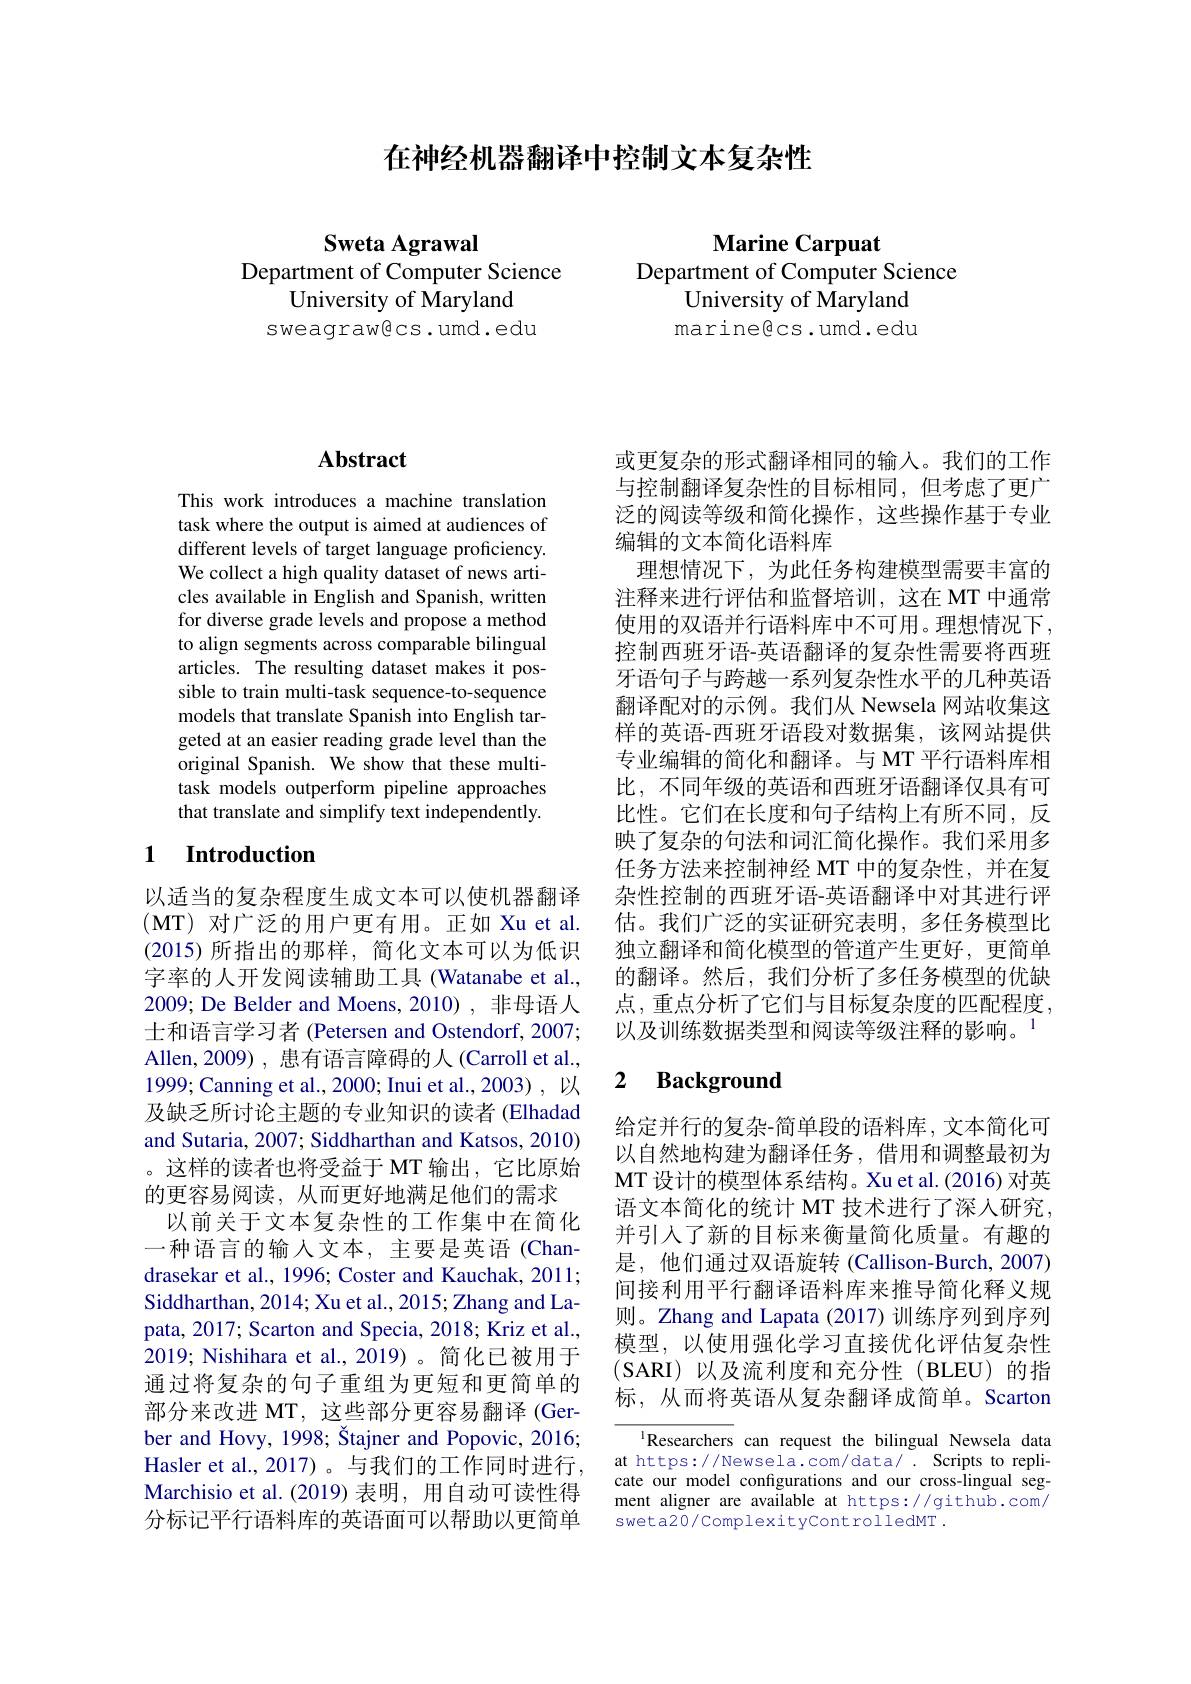
在神经机器翻译中控制文本复杂性

Sweta Agrawal
Department of Computer Science
University of Maryland sweagrawecs.umd.edu

Marine Carpuat
Department of Computer Science
University of Maryland marineßcs.umd.edu

## Abstract

This work introduces a machine translation task where the output is aimed at audiences of different levels of target language proficiency. We collect a high quality dataset of news articles available in English and Spanish, written for diverse grade levels and propose a method to align segments across comparable bilingual articles. The resulting dataset makes it possible to train multi-task sequence-to-sequence models that translate Spanish into English targeted at an easier reading grade level than the original Spanish. We show that these multitask models outperform pipeline approaches that translate and simplify text independently

## 1 Introduction

以适当的复杂程度生成文本可以使机器翻译(MT)对广泛的用户更有用。正如 Xu et al. (2015)所指出的那样，简化文本可以为低识字率的人开发阅读辅助工具 (Watanabe et al., 2009; De Belder and Moens, 2010) , 非母语人士和语言学习者 (Petersen and Ostendorf, 2007; Allen,2009), 患有语言障碍的人 (Carroll et al. 1999; Canning et al., 2000; Inui et al., 2003) , 以及缺乏所讨论主题的专业知识的读者 (Elhadad and Sutaria, 2007; Siddharthan and Katsos, 2010) 。这样的读者也将受益于 MT 输出，它比原始的更容易阅读，从而更好地满足他们的需求
以前关于文本复杂性的工作集中在简化一种语言的输入文本，主要是英语(Chan-) drasekar et al., 1996; Coster and Kauchak, 2011; Siddharthan, 2014; Xu et al., 2015; Zhang and Lapata, 2017; Scarton and Specia, 2018; Kriz et al., 2019; Nishihara et al., 2019)。简化已被用于通过将复杂的句子重组为更短和更简单的部分来改进 MT, 这些部分更容易翻译 (Gerber and Hovy, 1998; Štajner and Popovic, 2016; Hasler et al., 2017)。与我们的工作同时进行， Marchisio et al.(2019) 表明，用自动可读性得分标记平行语料库的英语面可以帮助以更简单

或更复杂的形式翻译相同的输入。我们的工作与控制翻译复杂性的目标相同，但考虑了更广泛的阅读等级和简化操作，这些操作基于专业编辑的文本简化语料库
理想情况下，为此任务构建模型需要丰富的注释来进行评估和监督培训，这在 MT 中通常使用的双语并行语料库中不可用。理想情况下， 控制西班牙语-英语翻译的复杂性需要将西班牙语句子与跨越一系列复杂性水平的几种英语翻译配对的示例。我们从 Newsela 网站收集这样的英语-西班牙语段对数据集，该网站提供专业编辑的简化和翻译。与 MT 平行语料库相比，不同年级的英语和西班牙语翻译仅具有可比性。它们在长度和句子结构上有所不同，反映了复杂的句法和词汇简化操作。我们采用多任务方法来控制神经 MT 中的复杂性，并在复杂性控制的西班牙语-英语翻译中对其进行评估。我们广泛的实证研究表明，多任务模型比独立翻译和简化模型的管道产生更好，更简单的翻译。然后，我们分析了多任务模型的优缺点，重点分析了它们与目标复杂度的匹配程度， 以及训练数据类型和阅读等级注释的影响。$^{1}$

### 2 $\textbf{Background}$

给定并行的复杂-简单段的语料库，文本简化可以自然地构建为翻译任务，借用和调整最初为MT 设计的模型体系结构。Xu et al.(2016) 对英语文本简化的统计 MT 技术进行了深人研究， 并引人了新的目标来衡量简化质量。有趣的是，他们通过双语旋转(Callison-Burch,2007) 间接利用平行翻译语料库来推导简化释义规则。Zhang and Lapata (2017)训练序列到序列模型，以使用强化学习直接优化评估复杂性(SARI)以及流利度和充分性(BLEU)的指标，从而将英语从复杂翻译成简单。Scarton

IResearchers can request the bilingual Newsela data at https: / / Newsela. com/ data/ . Scripts to replicate our model configurations and our cross-lingual segment aligner are available at https://github.com/ sweta20/ComplexitycontrolledMT .